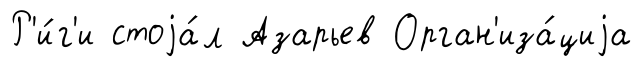
Р'и́г'и стоjа́л Азарьев Орган'иза́циjа